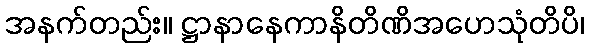
အနက်တည်း။ ဋ္ဌာနာနေကာနိတိဏိအဟေသုံတိပိ၊